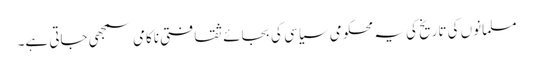
مسلمانوں کی تاریخ کی یہ محکومی سیاسی کی بجائے ثقافتی ناکامی سمجھی جاتی ہے۔